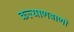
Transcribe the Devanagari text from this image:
कल्याणवाणी